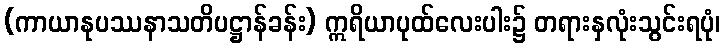
(ကာယာနုပဿနာသတိပဋ္ဌာန်ခန်း) ဣရိယာပုထ်လေးပါး၌ တရားနှလုံးသွင်းရပုံ၊